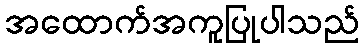
အထောက်အကူပြုပါသည်